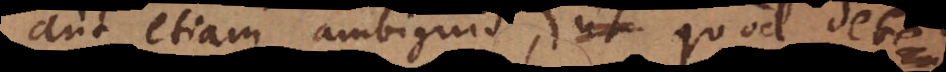
aut etiam ambiguis, ut veluti: ut